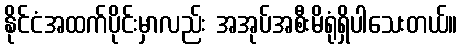
နိုင်ငံအထက်ပိုင်းမှာလည်း အအုပ်အစီးမိရုံရှိပါသေးတယ်။